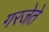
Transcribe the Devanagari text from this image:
गरजेते